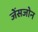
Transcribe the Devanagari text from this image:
जेंसजोन